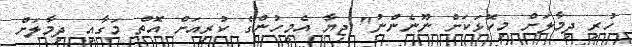
ހުރި ދިމާލަށް މިކޮޅަކަށް ނޫނެންނު" ޖިޔާ އެމީހުންގެ ކުރިއަށް އޮތް މަގާއި ދިމާލަށް